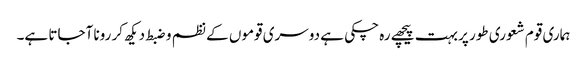
ہماری قوم شعوری طور پر بہت پیچھے رہ چکی ہے دوسری قوموں کے نظم و ضبط دیکھ کر رونا آجاتا ہے۔